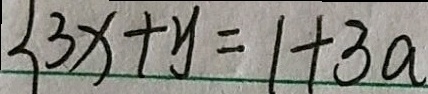
\{ 3 x + y = 1 + 3 a